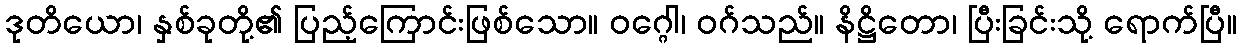
ဒုတိယော၊ နှစ်ခုတို့၏ ပြည့်ကြောင်းဖြစ်သော။ ဝဂ္ဂေါ၊ ဝဂ်သည်။ နိဋ္ဌိတော၊ ပြီးခြင်းသို့ ရောက်ပြီ။